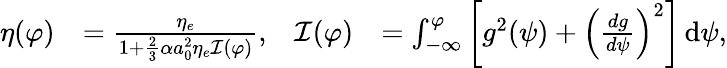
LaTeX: \begin{array}{rlrl}{\eta(\varphi)}&{=\frac{\eta_{e}}{1+\frac{2}{3}\alpha a_{0}^{2}\eta_{e}\mathcal{I}(\varphi)},}&{\mathcal{I}(\varphi)}&{=\int_{-\infty}^{\varphi}\left[g^{2}(\psi)+\left(\frac{dg}{d\psi}\right)^{2}\right]\, \mathrm{d}\psi,}\end{array}